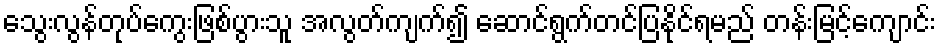
သွေးလွန်တုပ်ကွေးဖြစ်ပွားသူ အလွတ်ကျက်၍ ဆောင်ရွက်တင်ပြနိုင်ရမည် တန်းမြင့်ကျောင်း